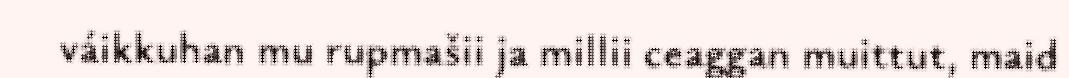
váikkuhan mu rupmašii ja millii ceaggan muittut, maid